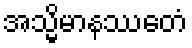
အသ္မိမာနဿေတံ